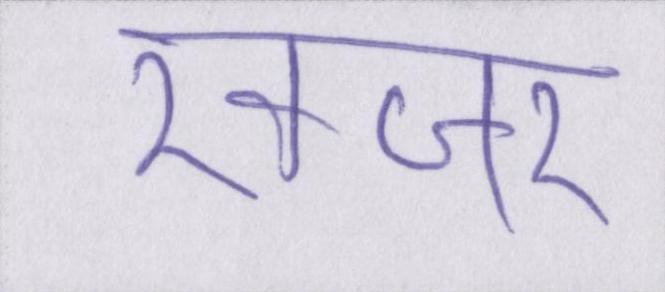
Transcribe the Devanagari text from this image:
खंजर